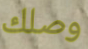
وصلك